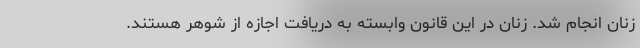
زنان انجام شد. زنان در این قانون وابسته به دریافت اجازه از شوهر هستند.